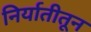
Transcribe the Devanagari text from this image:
निर्यातीतून